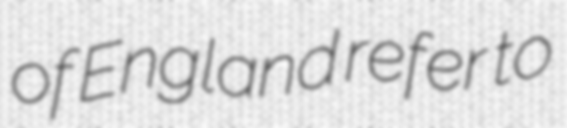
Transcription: of England refer to